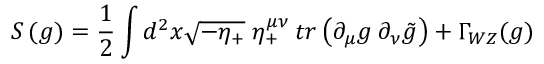
S \, ( g ) = { \frac { 1 } { 2 } } \int d ^ { 2 } x \sqrt { - \eta _ { + } } \; \eta _ { + } ^ { \mu \nu } \: t r \left( \partial _ { \mu } g \: \partial _ { \nu } \tilde { g } \right) + \Gamma _ { W Z } ( g )